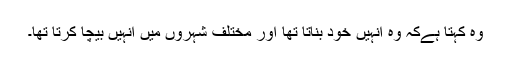
وہ کہتا ہےکہ وہ انہیں خود بناتا تھا اور مختلف شہروں میں انہیں بیچا کرتا تھا۔